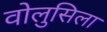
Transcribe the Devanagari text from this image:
वोलुसिला